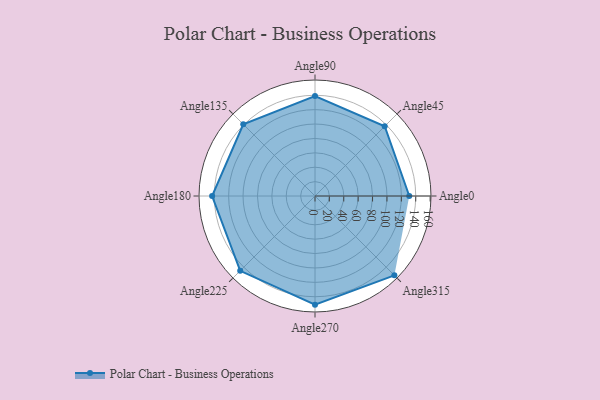
{"axis": {"x": "Angle", "y": "Radius"}, "legend": [""], "data": [{"x": "Angle0", "y": 131.0, "type": ""}, {"x": "Angle45", "y": 137.0, "type": ""}, {"x": "Angle90", "y": 139.0, "type": ""}, {"x": "Angle135", "y": 141.0, "type": ""}, {"x": "Angle180", "y": 143.0, "type": ""}, {"x": "Angle225", "y": 147.0, "type": ""}, {"x": "Angle270", "y": 151.0, "type": ""}, {"x": "Angle315", "y": 156.0, "type": ""}]}